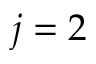
j = 2